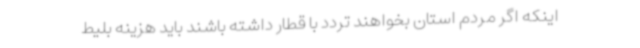
اینکه اگر مردم استان بخواهند تردد با قطار داشته باشند باید هزینه بلیط